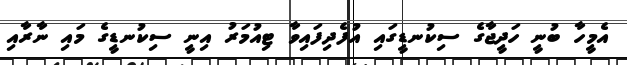
އެމީހާ ބުނީ ހަދީޖާގެ ސިކުނޑީގައި އުފެދިފައިވާ ޓިއުމަރު އިނީ ސިކުނޑީގެ މައި ނާރާއި